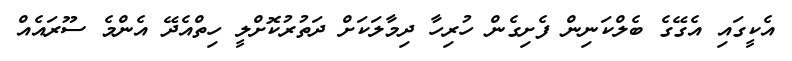
އެކީގައި އެގޭގެ ބެލްކަނިން ފެށިގެން ހުރިހާ ދިމާލަކަށް ދަތުރުކޮށްލީ ހިތްއެދޭ އެންމެ ސޫރައެއް